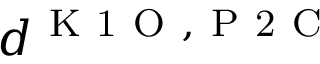
d ^ { \mathrm { ~ K ~ 1 ~ O ~ } , \mathrm { ~ P ~ 2 ~ C ~ } }